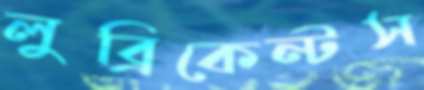
লুব্রিকেন্টস